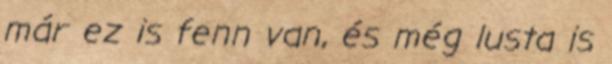
már ez is fenn van, és még lusta is